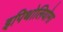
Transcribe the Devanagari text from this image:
इपिथोलियोमा